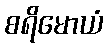
စရိမောယံ